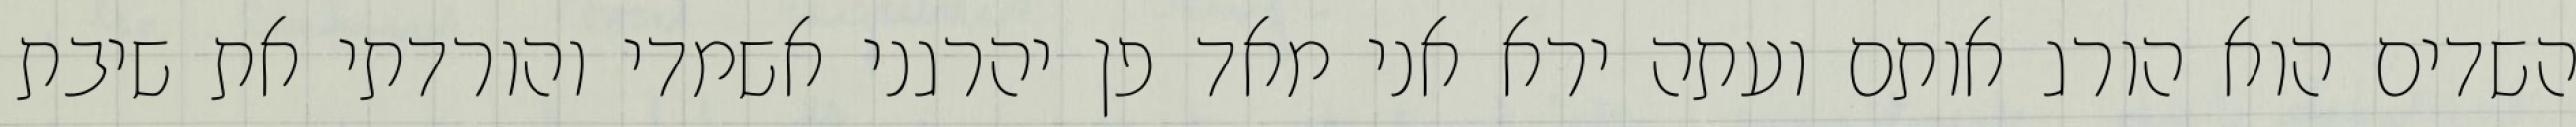
השדים הוא הורג אותם ועתה ירא אני מאד פן יהרגני אשמדי והורדתי את שיבת